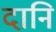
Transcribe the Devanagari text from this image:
दानि